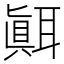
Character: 𦗁